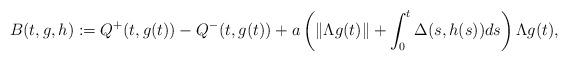
LaTeX: \begin{align*}B(t,g,h):=Q^{+}(t,g(t)) - Q^{-} (t,g(t))+a\left( \left\| \Lambda g(t)\right\| +\int_0^t\Delta(s,h(s))ds\right) \Lambda g(t),\end{align*}